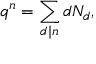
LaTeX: q ^ { n } = \sum _ { d \mid n } d N _ { d } ,